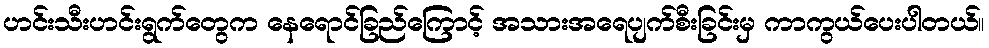
ဟင်းသီးဟင်းရွက်တွေက နေရောင်ခြည်ကြောင့် အသားအရေပျက်စီးခြင်းမှ ကာကွယ်ပေးပါတယ်။